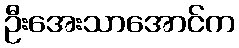
ဦးအေးသာအောင်က